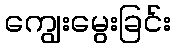
ကျွေးမွေးခြင်း